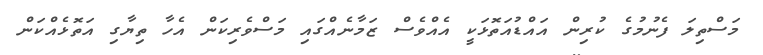
މަސްތިލަ ފެނުމުގެ ކުރިން އައްޑުއަތޮޅަކީ އެއްވެސް ޒަމާނެއްގައި މަސްވެރިކަން އެހާ ތިޔާގި އަތޮޅެއްކަން